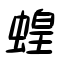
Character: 蝗